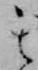
其